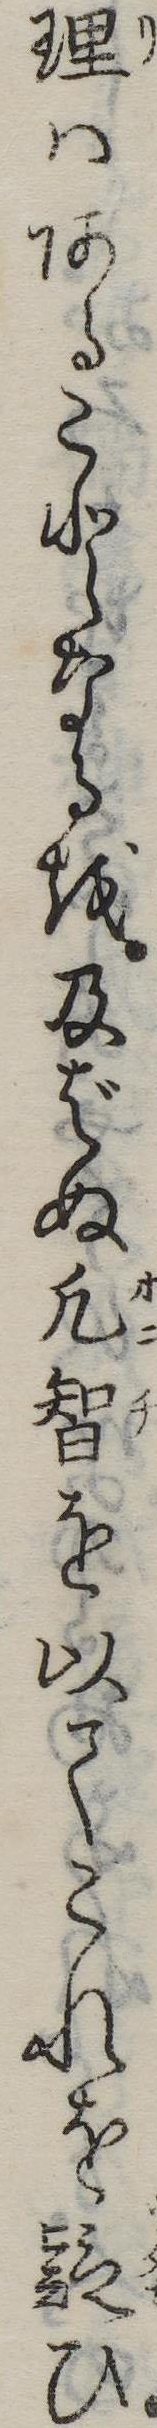
理はあることなるを及ばぬ凡智を以てこれを疑ひ